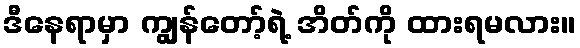
ဒီနေရာမှာ ကျွန်တော့်ရဲ့ အိတ်ကို ထားရမလား။